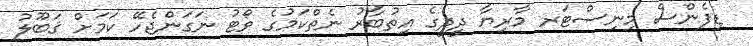
ޑިފެންސް މިނިސްޓަރ މާރިޔާ ދީދީގެ އިތުބާރު ނެތްކަމުގެ ވޯޓު ނަގަންޖެހޭ ކަމަށް ޤަބޫލު